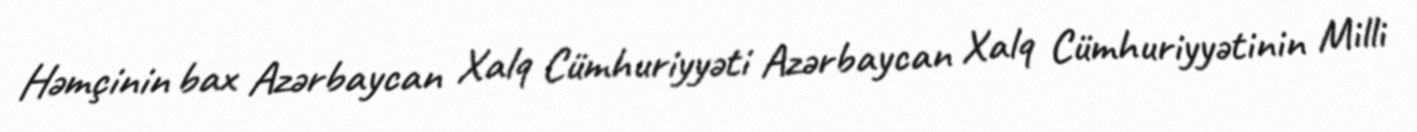
Həmçinin bax Azərbaycan Xalq Cümhuriyyəti Azərbaycan Xalq Cümhuriyyətinin Milli